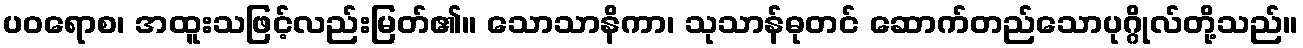
ပဝရောစ၊ အထူးသဖြင့်လည်းမြတ်၏။ သောသာနိကာ၊ သုသာန်ဓုတင် ဆောက်တည်သောပုဂ္ဂိုလ်တို့သည်။